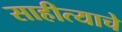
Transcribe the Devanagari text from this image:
साहीत्याचे